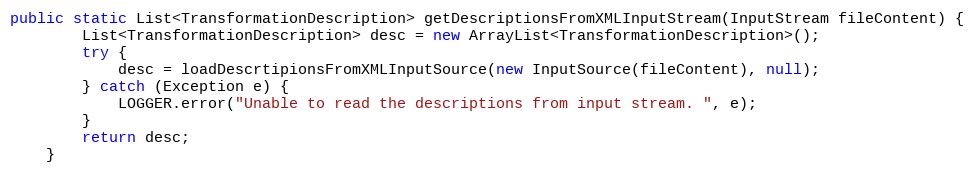
Language: Java
public static List<TransformationDescription> getDescriptionsFromXMLInputStream(InputStream fileContent) {
        List<TransformationDescription> desc = new ArrayList<TransformationDescription>();
        try {
            desc = loadDescrtipionsFromXMLInputSource(new InputSource(fileContent), null);
        } catch (Exception e) {
            LOGGER.error("Unable to read the descriptions from input stream. ", e);
        }
        return desc;
    }